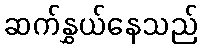
ဆက်နွှယ်နေသည်